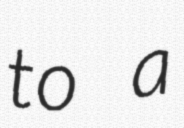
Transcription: to a